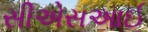
સીએસઆઈ